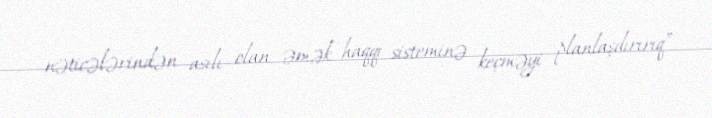
nəticələrindən asılı olan əmək haqqı sisteminə keçməyi planlaşdırırıq”.